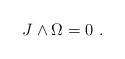
LaTeX: \begin{align*} J \wedge \Omega = 0 \ .\end{align*}